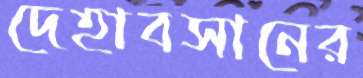
দেহাবসানের